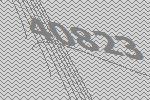
40823